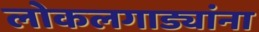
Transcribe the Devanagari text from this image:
लोकलगाड्यांना